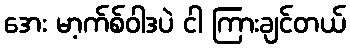
အေး မာ့က်စ်ဝါဒပဲ ငါ ကြားချင်တယ်